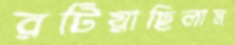
রটিয়াছিলাম